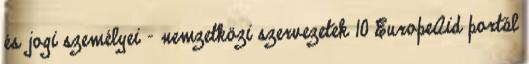
és jogi személyei - nemzetközi szervezetek 10 EuropeAid portál